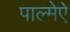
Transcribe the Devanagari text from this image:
पाल्मेऐ